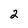
Character: 2